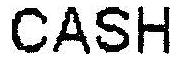
CASH